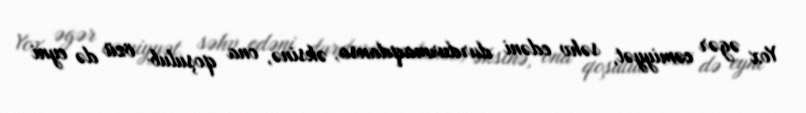
Yox əgər cəmiyyət, səhv edəni durdurmaqdansa, əksinə, ona qoşulub özü də eyni